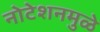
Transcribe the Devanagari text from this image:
नोटेशनमुळे